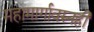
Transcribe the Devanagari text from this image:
महामार्गावरुनही